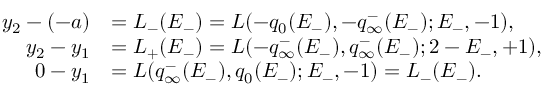
\begin{array} { r l } { y _ { 2 } - ( - a ) } & { = L _ { - } ( E _ { - } ) = L ( - q _ { 0 } ( E _ { - } ) , - q _ { \infty } ^ { - } ( E _ { - } ) ; E _ { - } , - 1 ) , } \\ { y _ { 2 } - y _ { 1 } } & { = L _ { + } ( E _ { - } ) = L ( - q _ { \infty } ^ { - } ( E _ { - } ) , q _ { \infty } ^ { - } ( E _ { - } ) ; 2 - E _ { - } , + 1 ) , } \\ { 0 - y _ { 1 } } & { = L ( q _ { \infty } ^ { - } ( E _ { - } ) , q _ { 0 } ( E _ { - } ) ; E _ { - } , - 1 ) = L _ { - } ( E _ { - } ) . } \end{array}